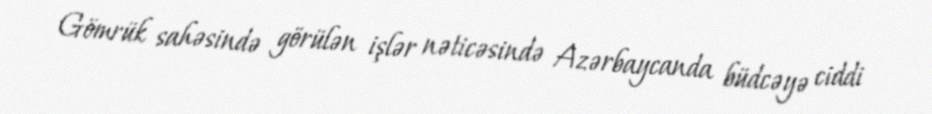
Gömrük sahəsində görülən işlər nəticəsində Azərbaycanda büdcəyə ciddi